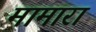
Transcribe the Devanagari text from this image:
मामारा